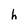
Character: h